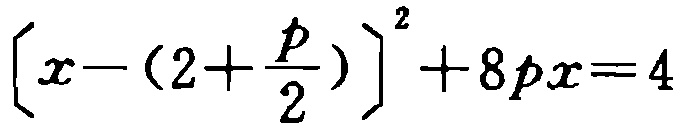
\(\left[x - \left(2 + \frac{p}{2}\right)\right]^2 + 8px = 4\)